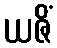
ယဇိံ